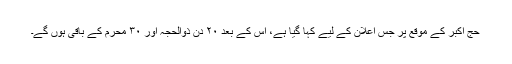
حج اکبر کے موقع پر جس اعلان کے لیے کہا گیا ہے، اُس کے بعد ۲۰ دن ذوالحجہ اور ۳۰ محرم کے باقی ہوں گے۔